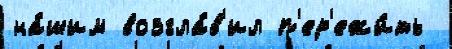
на́шим возгла́в'ил п'ер'ежи́ть